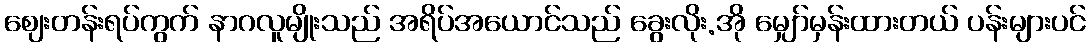
ဈေးတန်းရပ်ကွက် နာဂလူမျိုးသည် အရိပ်အယောင်သည် ခွေးလိုး.အို မျှော်မှန်းထားတယ် ပန်းများပင်